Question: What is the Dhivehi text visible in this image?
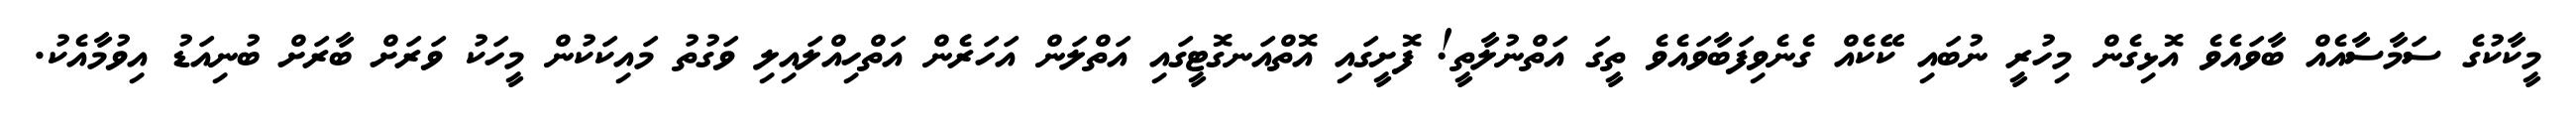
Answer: މީކާކުގެ ސަމާސާއެއް ބާވައެވެ އޮޅިގެން މިހުރީ ނުބައި ކޭކެއް ގެނެވިފަބާވައެވެ ތީގަ އަތްނުލާތީ! ފޮށީގައި އޮތްއަނގޮޓީގައި އަތްލަން އަހަރެން އަތްހިއްލައިލި ވަގުތު މައިކަކުން މީހަކު ވަރަށް ބާރަށް ބުނިއަޑު އިވުމާއެކު.